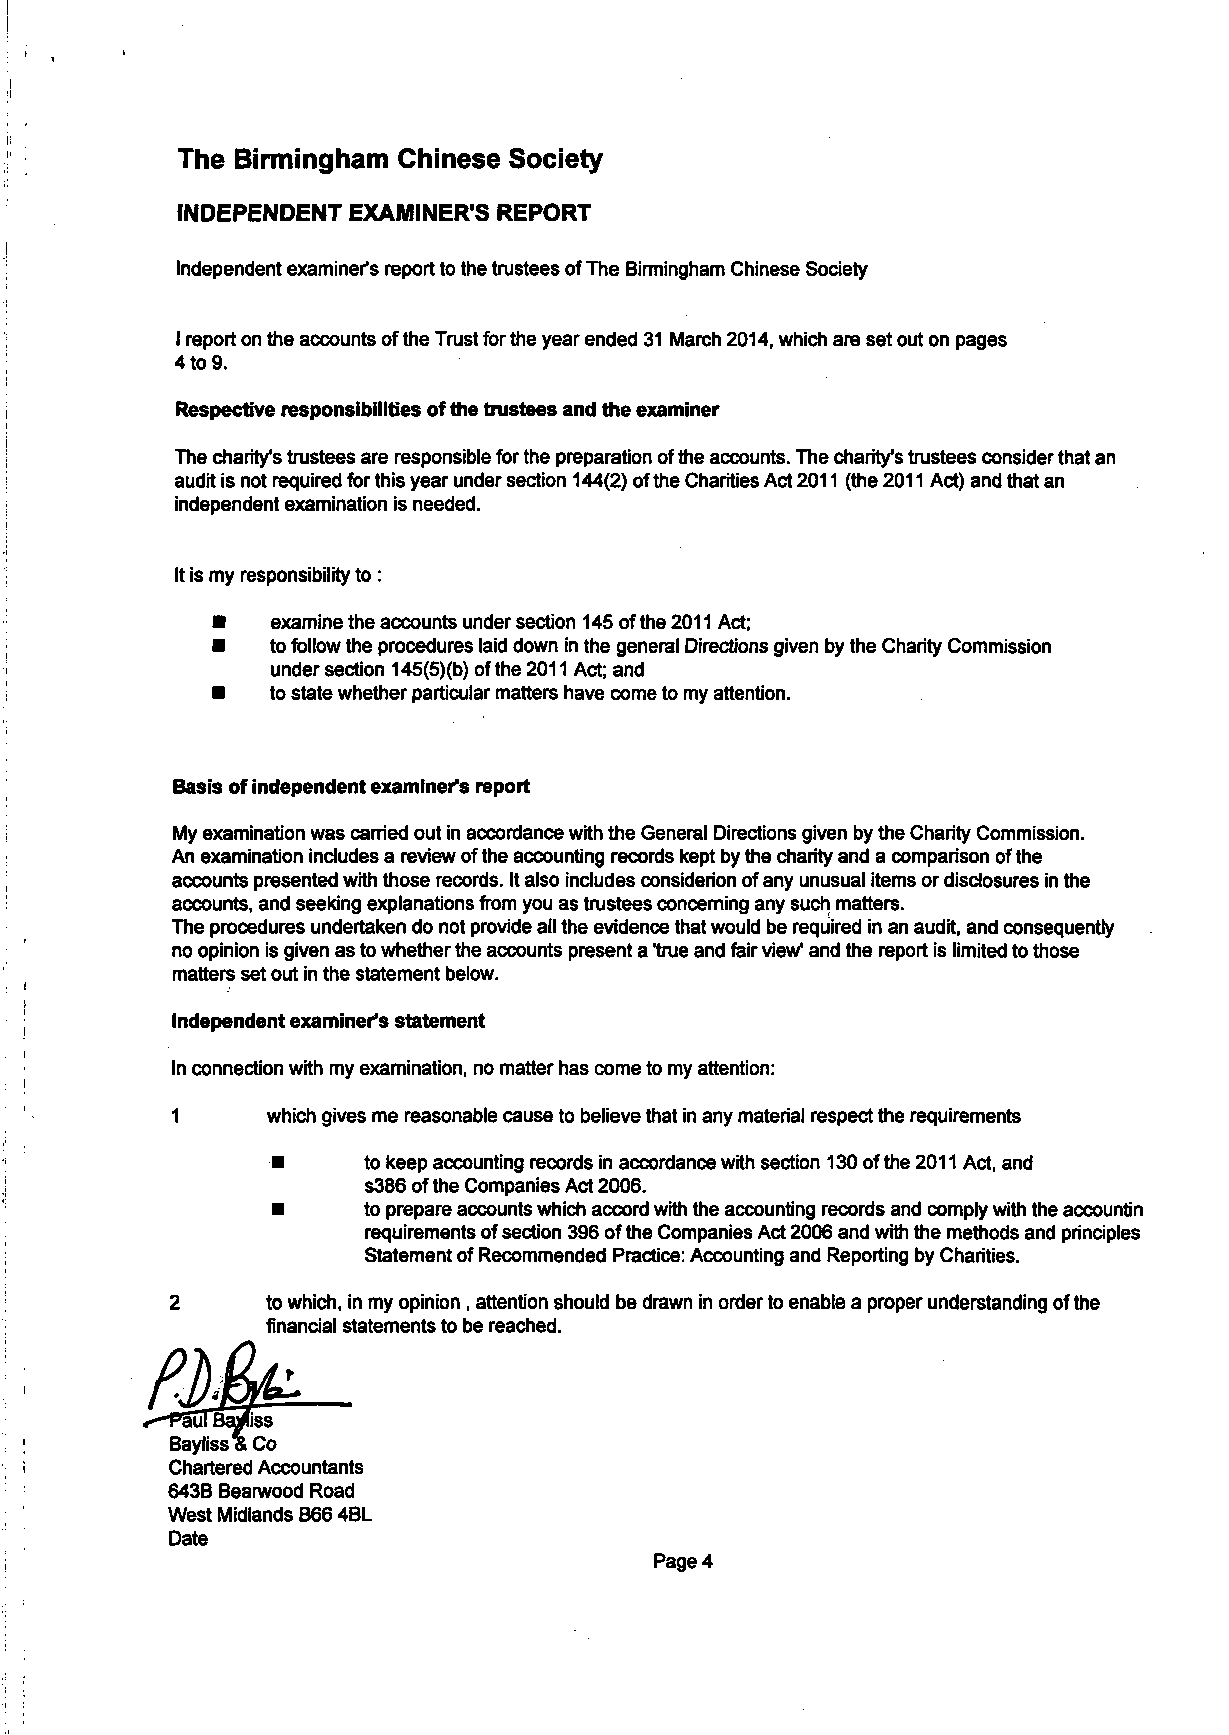
1
 The Birmingham Chinese Society
 INDEPENDENT EXAMINER'S REPORT
 Independent examiner's report to the trustees of The Birmingham Chinese Society
 I report on the accounts of the Trust for the year ended 31 March 2014, which are set out on pages
 4 to 9.
 Respective responsibilities of the trustees and the examiner
 The charity's trustees are responsible for the preparation of the accounts. The charity's trustees consider that an
 audit is not required for this year under section 144(2) of the Charities Act 2011 (the 2011 Act) and that an
 independent examination is needed.
 It is my responsibility to:
 •   examine the accounts under section 145 of the 2011 Act;
 •   to follow the procedures laid down in the general Directions given by the Charity Commission
 under section 145(5)(b) of the 2011 Act; and
 •   to state whether particular matters have come to my attention.
 Basis of independent examiner's report
 My examination was earned out in accordance with the General Directions given by the Charity Commission.
 An examination includes a review of the accounting records kept by the charity and a comparison of the
 accounts presented with those records. It also includes considerion of any unusual items or disclosures in the
 accounts, and seeking explanations from you as trustees concerning any such matters.
 The procedures undertaken do not provide all the evidence that would be required in an audit, and consequently
 no opinion is given as to whether the accounts present a 'true and fair view" and the report is limited to those
 matters set out in the statement below.
 |         Independent examiner's statement
 In connection with my examination, no matter has come to my attention:
 1      which gives me reasonable cause to believe that in any material respect the requirements
 •     to keep accounting records in accordance with section 130 of the 2011 Act, and
 s386 of the Companies Act 2006.
 •     to prepare accounts which accord with the accounting records and comply with the accountin
 requirements of section 396 of the Companies Act 2006 and with the methods and principles
 Statement of Recommended Practice: Accounting and Reporting by Charities.
 2      to which, in my opinion , attention should be drawn in order to enable a proper understanding of the
 financial statements to be reached.
 Chartered Accountants
 643B Bearwood Road
 West Midlands B66 4BL
 Date
 Page 4